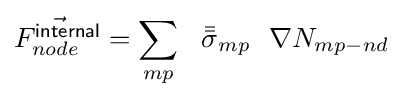
{\vec {F_{node}^{\mathsf {internal}}}}=\sum _{mp}~~{\bar {\bar {\sigma }}}_{mp}~~\nabla N_{mp-nd}